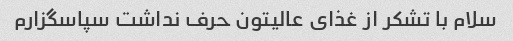
سلام با تشکر از غذای عالیتون حرف نداشت سپاسگزارم